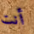
أنت